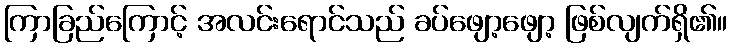
ကြာခြည်ကြောင့် အလင်းရောင်သည် ခပ်ဖျော့ဖျော့ ဖြစ်လျက်ရှိ၏။